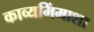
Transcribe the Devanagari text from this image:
काव्यमिंमाशा